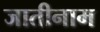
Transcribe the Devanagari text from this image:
जातीनाम